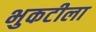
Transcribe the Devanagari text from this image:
भुकटीला